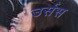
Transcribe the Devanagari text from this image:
उर्सस